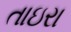
તાઇરા